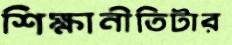
শিক্ষানীতিটার